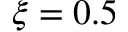
\xi = 0 . 5